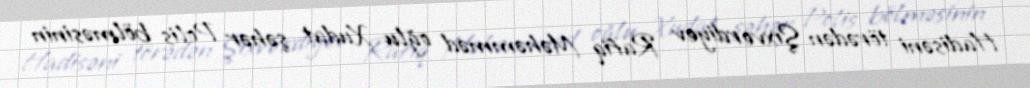
Hadisəni törədən Şıxverdiyev Rafiq Məhəmməd oğlu Xudat şəhər Polis bölməsinin